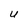
Character: U